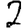
Digit: 2